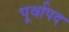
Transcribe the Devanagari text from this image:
पूर्वापद